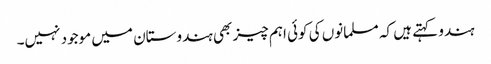
ہندو کہتے ہیں کہ مسلمانوں کی کوئی اہم چیز بھی ہندوستان میں موجود نہیں۔